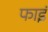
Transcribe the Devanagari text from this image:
फाइं